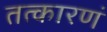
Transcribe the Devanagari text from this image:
तत्कारणं